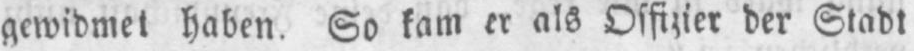
gewidmet haben. So kam er als Offizier der Stadt